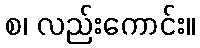
စ၊ လည်းကောင်း။